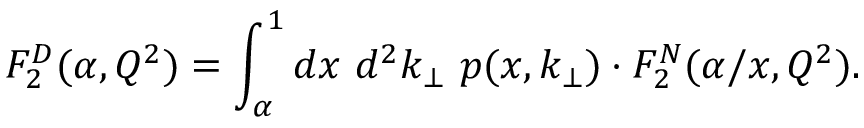
F _ { 2 } ^ { D } ( \alpha , Q ^ { 2 } ) = \int _ { \alpha } ^ { 1 } d x { \ } { d ^ { 2 } } k _ { \bot } \ p ( x , k _ { \bot } ) \cdot F _ { 2 } ^ { N } ( \alpha / x , Q ^ { 2 } ) .